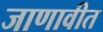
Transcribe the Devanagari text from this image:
जाणावीत